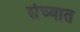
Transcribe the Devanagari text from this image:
संच्यात